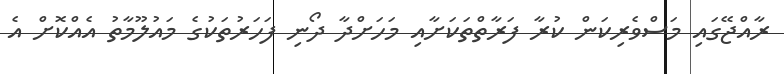
ރާއްޖޭގައި މަސްވެރިކަން ކުރާ ފަރާތްތަކަށާއި މަހަށްދާ ދޯނި ފަހަރުތަކުގެ މައުލޫމާތު އެއްކޮށް އެ